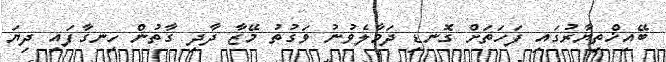
ބޭއިޚްތިޔާރުގައި ފަހަތަށް ގޮނޑި ދަމާލެވުނު ވަގުތު މޭޒާ ދާދި ގާތުން ހިނގާފައި ދިޔަ